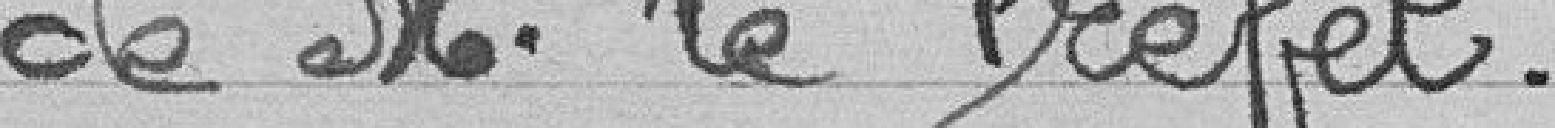
de M. le Préfet.